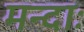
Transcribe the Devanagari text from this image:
मन्दाः